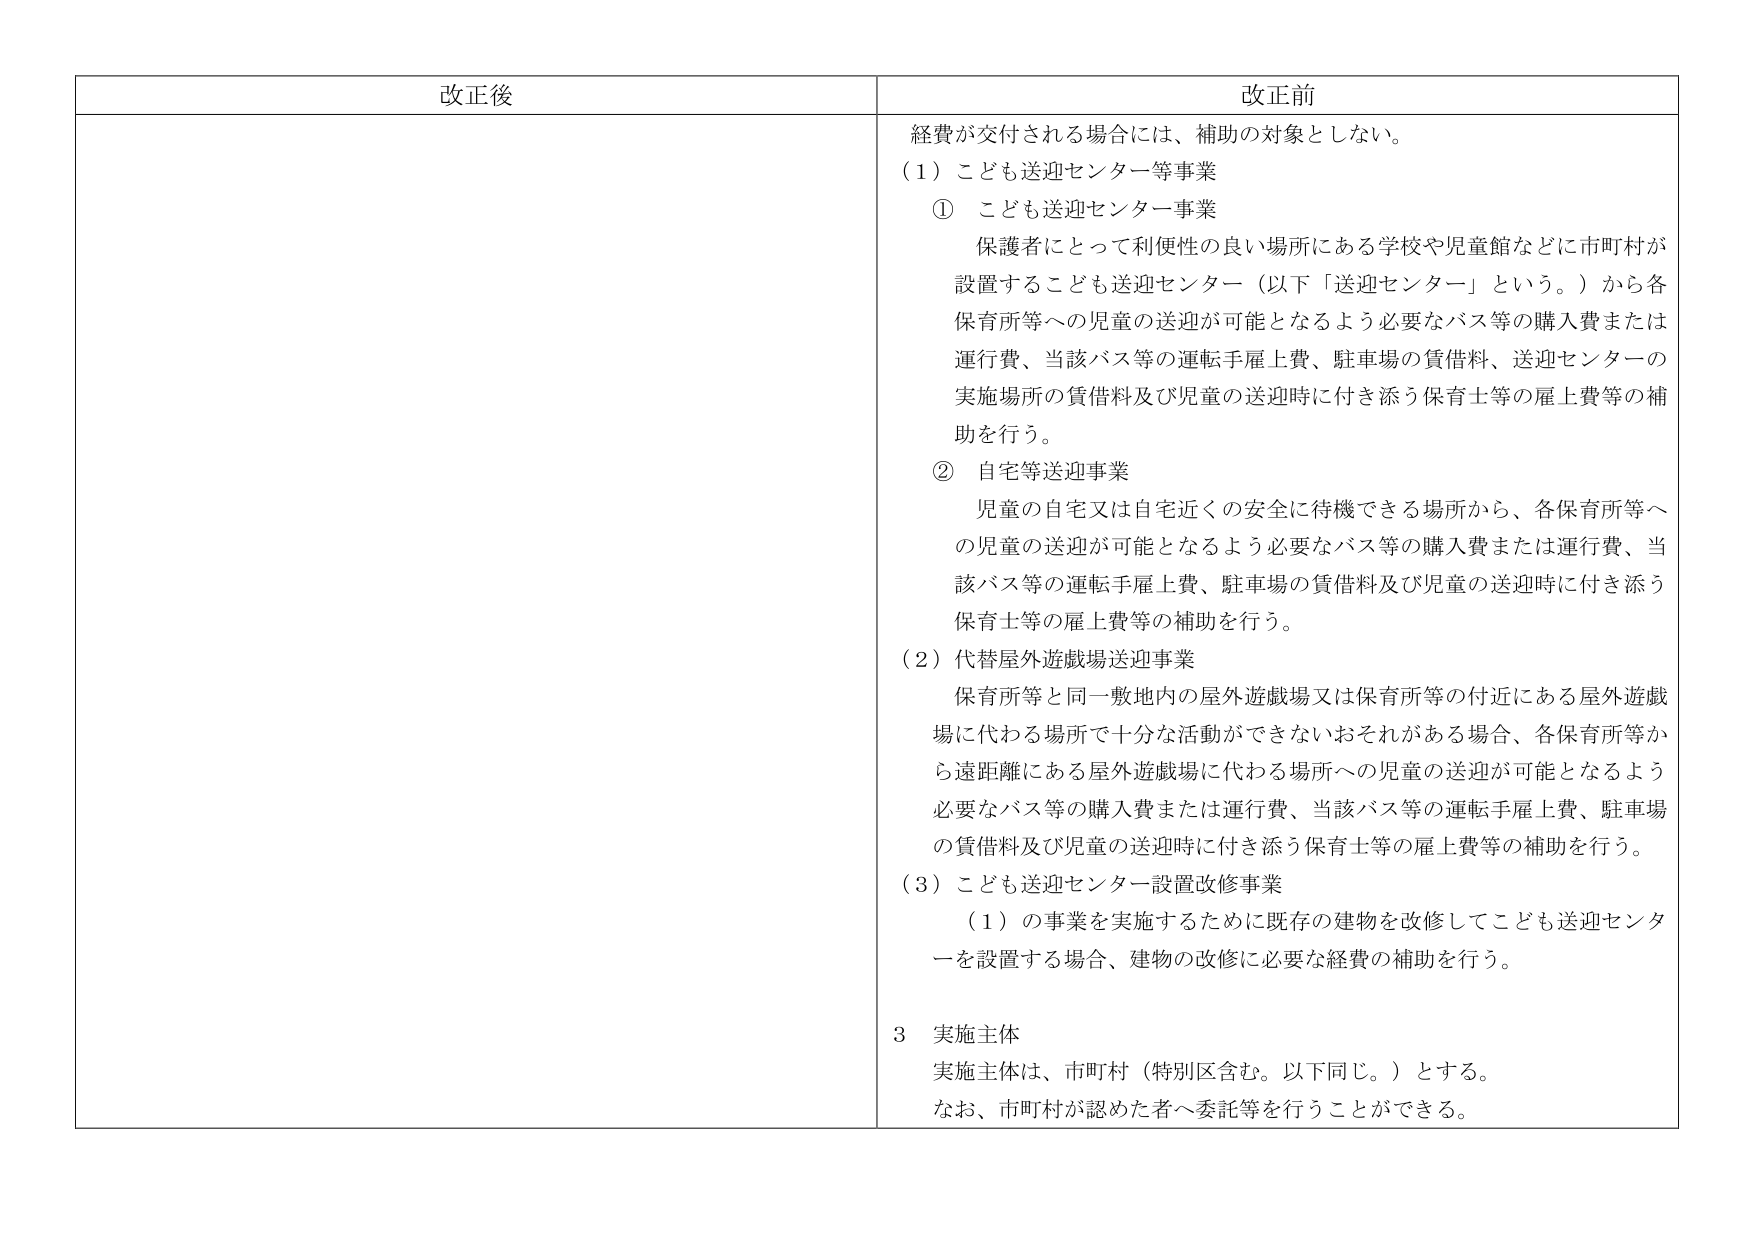
改正後

改正前
経費が交付される場合には、補助の対象としない。
（1）こども送迎センター等事業
　①　こども送迎センター事業
　　　保護者にとって利便性の良い場所にある学校や児童館などに市町村が
　　　設置するこども送迎センター（以下「送迎センター」という。）から各
　　　保育所等への児童の送迎が可能となるよう必要なバス等の購入費または
　　　運行費、当該バス等の運転手雇上費、駐車場の賃借料、送迎センターの
　　　実施場所の賃借料及び児童の送迎時に付き添う保育士等の雇上費等の補
　　　助を行う。
　②　自宅等送迎事業
　　　児童の自宅又は自宅近くの安全に待機できる場所から、各保育所等へ
　　　の児童の送迎が可能となるよう必要なバス等の購入費または運行費、当
　　　該バス等の運転手雇上費、駐車場の賃借料及び児童の送迎時に付き添う
　　　保育士等の雇上費等の補助を行う。
（2）代替屋外遊戯場送迎事業
　　　保育所等と同一敷地内の屋外遊戯場又は保育所等の付近にある屋外遊戯
　　　場に代わる場所で十分な活動ができないおそれがある場合、各保育所等か
　　　ら遠距離にある屋外遊戯場に代わる場所への児童の送迎が可能となるよう
　　　必要なバス等の購入費または運行費、当該バス等の運転手雇上費、駐車場
　　　の賃借料及び児童の送迎時に付き添う保育士等の雇上費等の補助を行う。
（3）こども送迎センター設置改修事業
　　　（1）の事業を実施するために既存の建物を改修してこども送迎センタ
　　　ーを設置する場合、建物の改修に必要な経費の補助を行う。
3　実施主体
　実施主体は、市町村（特別区含む。以下同じ。）とする。
　なお、市町村が認めた者へ委託等を行うことができる。